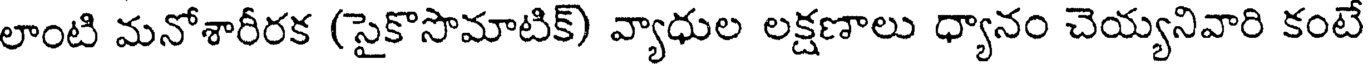
లాంటి మనోశారీరక (సైకొసొమాటిక్) వ్యాధుల లక్షణాలు ధ్యానం చెయ్యనివారి కంటే